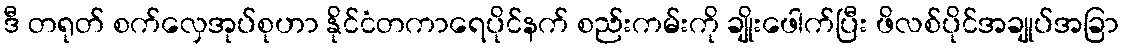
ဒီ တရုတ် စက်လှေအုပ်စုဟာ နိုင်ငံတကာရေပိုင်နက် စည်းကမ်းကို ချိုးဖေါက်ပြီး ဖိလစ်ပိုင်အချုပ်အခြာ